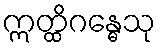
ဣတ္ထိဂန္ဓေသု